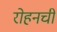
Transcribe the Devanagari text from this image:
रोहनची